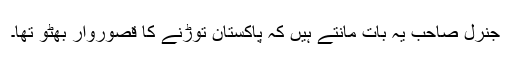
جنرل صاحب یہ بات مانتے ہیں کہ پاکستان توڑنے کا قصوروار بھٹو تھا۔